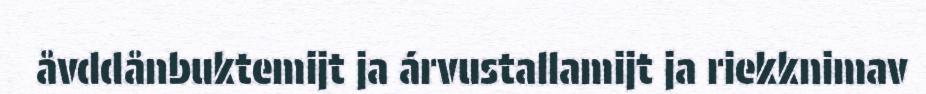
åvddånbuktemijt ja árvustallamijt ja riekknimav